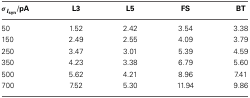
<table><thead><tr><td><b>σ<sub><i>I</i></sub><sub>syn</sub>/pA</b></td><td><b>L3</b></td><td><b>L5</b></td><td><b>FS</b></td><td><b>BT</b></td></tr></thead><tbody><tr><td>50</td><td>1.52</td><td>2.42</td><td>3.54</td><td>3.38</td></tr><tr><td>150</td><td>2.49</td><td>2.55</td><td>4.09</td><td>3.79</td></tr><tr><td>250</td><td>3.47</td><td>3.01</td><td>5.39</td><td>4.59</td></tr><tr><td>350</td><td>4.23</td><td>3.38</td><td>6.79</td><td>5.60</td></tr><tr><td>500</td><td>5.62</td><td>4.21</td><td>8.96</td><td>7.41</td></tr><tr><td>700</td><td>7.52</td><td>5.30</td><td>11.94</td><td>9.86</td></tr></tbody></table>